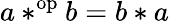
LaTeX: a*^{\mathrm{op}}b=b*a